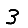
Digit: 3